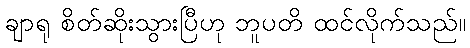
ချာရု စိတ်ဆိုးသွားပြီဟု ဘူပတိ ထင်လိုက်သည်။